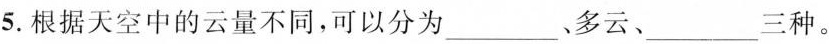
5.根据天空中的云量不同，可以分为___、多云、___三种。